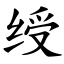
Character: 绶